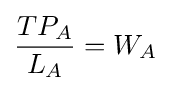
{\frac {TP_{A}}{L_{A}}}=W_{A}